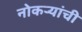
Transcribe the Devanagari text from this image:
नोकऱ्यांची